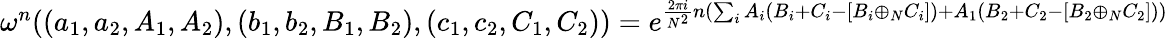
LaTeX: \begin{array}{r}{\omega^{n}((a_{1},a_{2},A_{1},A_{2}),(b_{1},b_{2},B_{1},B_{2}),(c_{1},c_{2},C_{1},C_{2}))=e^{\frac{2\pi i}{N^{2}}n(\sum_{i}A_{i}(B_{i}+C_{i}-[B_{i}\oplus_{N}C_{i}])+A_{1}(B_{2}+C_{2}-[B_{2}\oplus_{N}C_{2}]))}}\end{array}